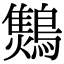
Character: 𪆅